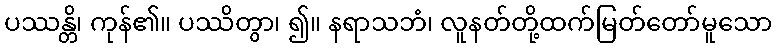
ပဿန္တိ၊ ကုန်၏။ ပဿိတွာ၊ ၍။ နရာသဘံ၊ လူနတ်တို့ထက်မြတ်တော်မူသော